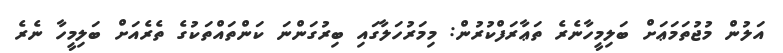
އަލުން މުޖުތަމަޢަށް ބަލިމީހާނެރެ ތަޢާރަފްކުރުން: މިމަރުހަލާގައި ބިރުގަންނަ ކަންތައްތަކުގެ ތެރެއަށް ބަލިމީހާ ނެރެ